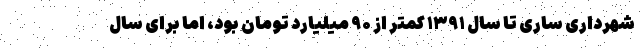
شهرداری ساری تا سال ۱۳۹۱ کمتر از ۹۰ میلیارد تومان بود، اما برای سال